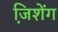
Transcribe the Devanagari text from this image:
जि़शेंग